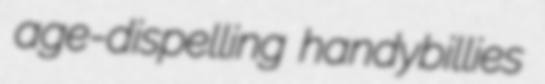
age-dispelling handybillies